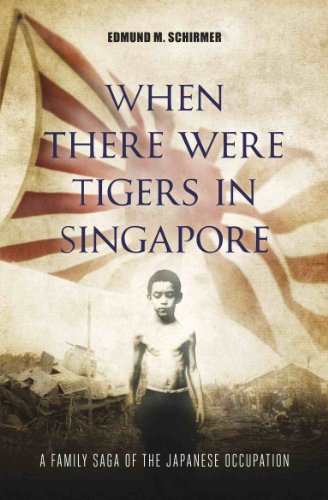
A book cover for When There Were Tigers in Singapore: A Family Saga Of The Japanese Occupation; Edmund M. Schirmer; Biographies & Memoirs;